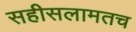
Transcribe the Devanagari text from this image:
सहीसलामतच